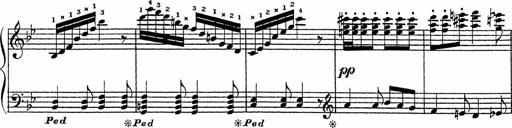
Title: Song of the River
Composer: Frederick Henry Pease